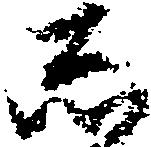
し